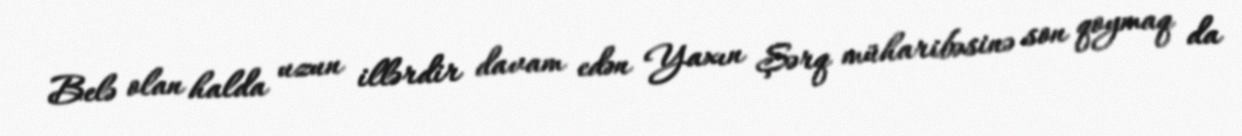
Belə olan halda uzun illərdir davam edən Yaxın Şərq müharibəsinə son qoymaq da